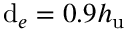
\mathrm { d } _ { e } = 0 . 9 h _ { \mathrm { u } }